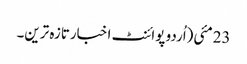
23مئی(اُردو پوائنٹ اخبارتازہ ترین۔